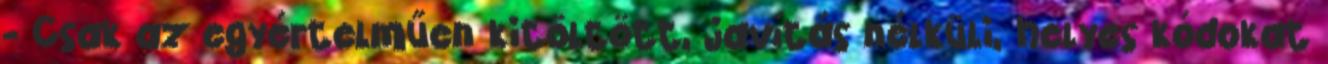
- Csak az egyértelműen kitöltött, javítás nélküli, helyes kódokat